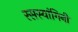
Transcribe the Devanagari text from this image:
रसस्यांगिनी